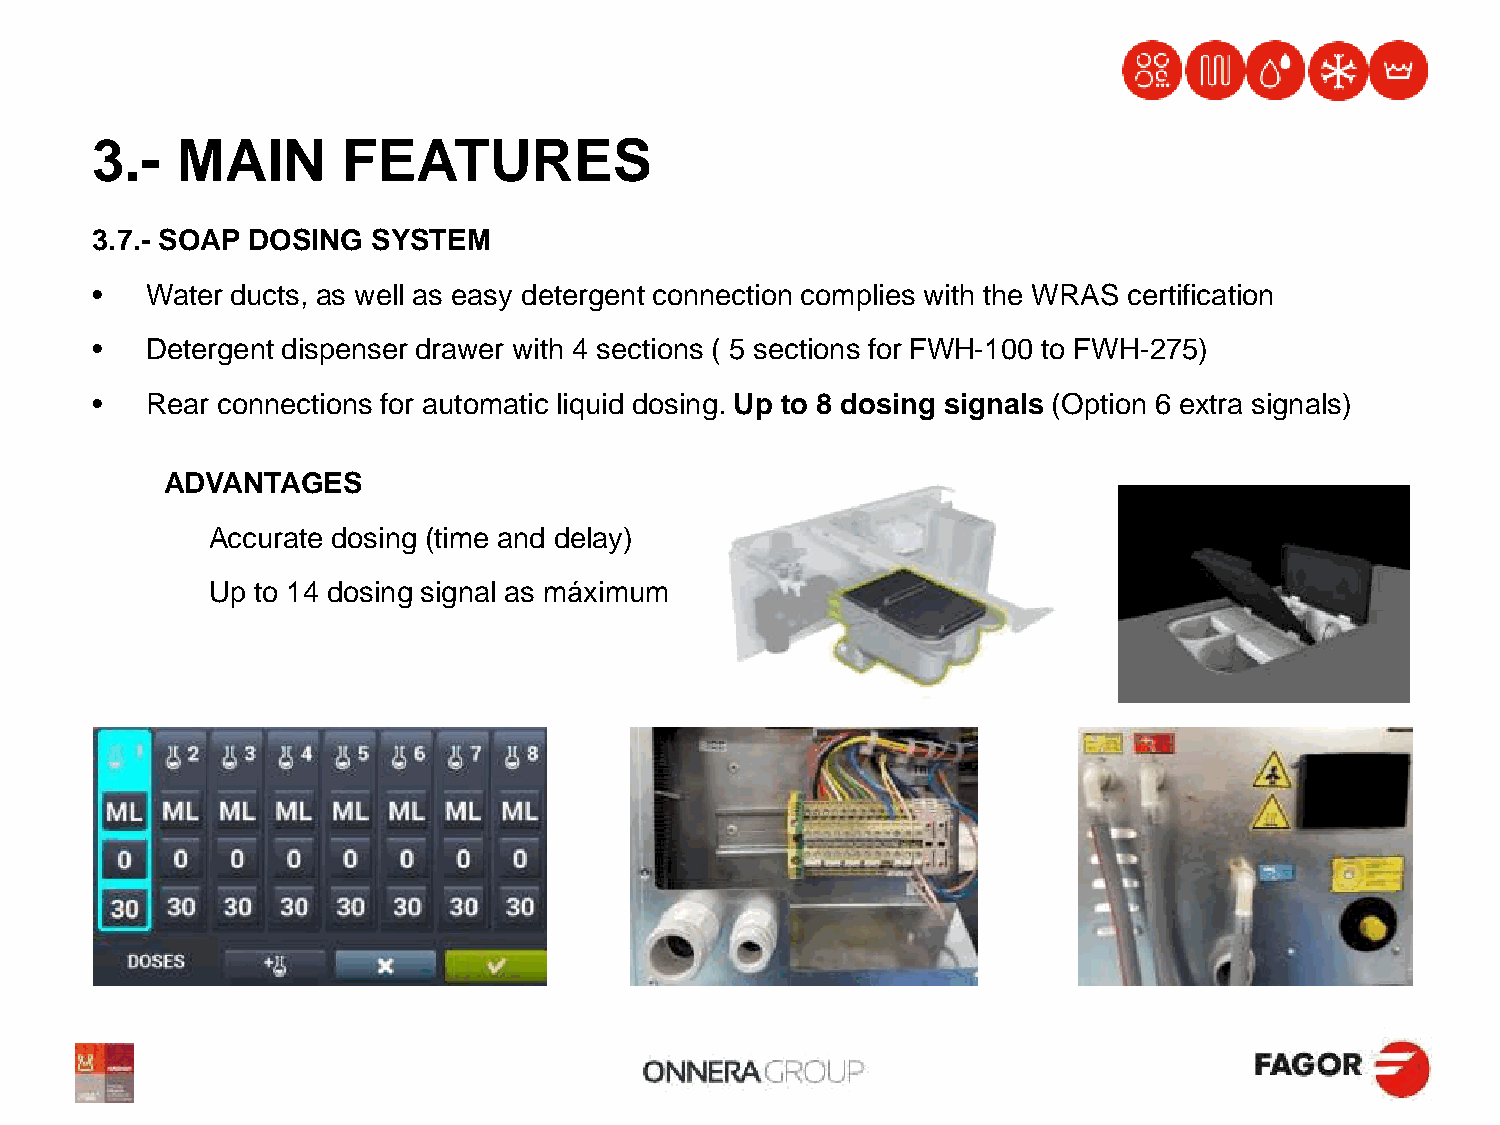
3.-   MAIN       FEATURES
 3.7.- SOAP DOSING  SYSTEM
 •   Water ducts, as well as easy detergent connection complies with the WRAS certification
 •   Detergent dispenser drawer with 4 sections ( 5 sections for FWH-100 to FWH-275)
 •   Rear connections for automatic liquid dosing. Up to 8 dosing signals (Option 6 extra signals)
 ADVANTAGES
 Accurate dosing (time and delay)
 Up to 14 dosing signal as máximum